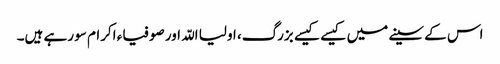
اس کے سینے میں کیسے کیسے بزرگ، اولیا اللّہ اور صوفیاء اکرام سو رہے ہیں۔